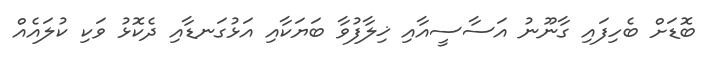
ބޮޑަށް ބެހިފައި ގާނޫނު އަސާސީއާއި ޚިލާފުވާ ބަޔަކާއި އަޅުގަނޑާއި ދެކޮޅު ވަކި ކުލައެއް